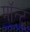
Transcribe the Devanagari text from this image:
मॉन्टू